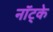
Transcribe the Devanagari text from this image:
नॉट्के